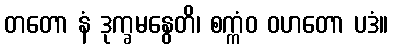
တတော နံ ဒုက္ခမနွေတိ၊ စက္ကံဝ ဝဟတော ပဒံ။